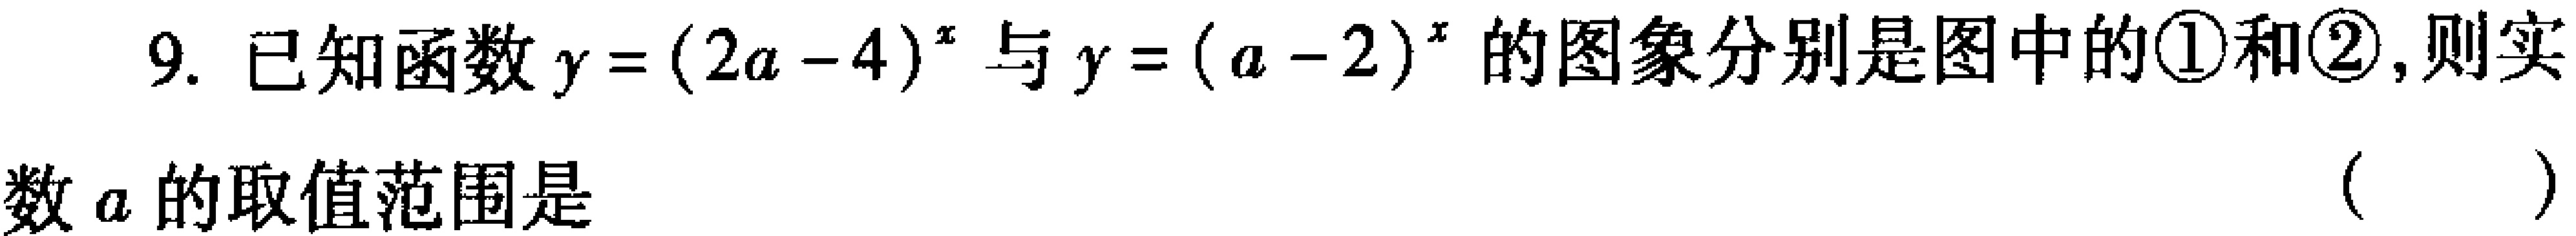
9. 已知函数$y=(2a - 4)^{x}$与$y=(a - 2)^{x}$的图象分别是图中的\textcircled{1}和\textcircled{2}, 则实

数$a$的取值范围是 （  ）